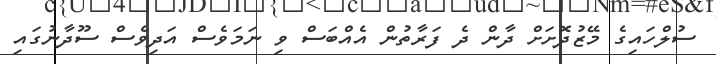
ސުލްހައިގެ މޭޒުދޮށަށް ދާން ދެ ފަރާތުން އެއްބަސް ވި ނަމަވެސް އަދިވެސް ސޫދާނުގައި